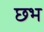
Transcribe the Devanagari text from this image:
छभ